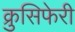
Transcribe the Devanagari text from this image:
क्रुसिफेरी